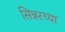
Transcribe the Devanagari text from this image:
सिन्नरच्या